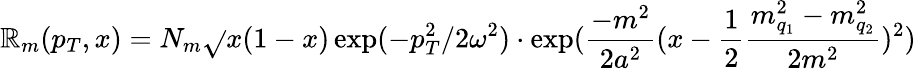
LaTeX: \mathbb{R}_{m}(p_{T},x)=N_{m}\sqrt{}{{x(1-x)}}\exp(-p_{T}^{2}/2\omega^{2})\cdot\exp({\frac{{-m^{2}}}{{2a^{2}}}}(x-{\frac{{1}}{{2}}}{\frac{{m_{q_{1}}^{2}-m_{q_{2}}^{2}}}{{2m^{2}}}})^{2})